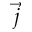
\vec { j }